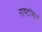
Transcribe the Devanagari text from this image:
राष्टांमध्ये